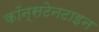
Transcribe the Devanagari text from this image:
कॉन्सटेनटाइन